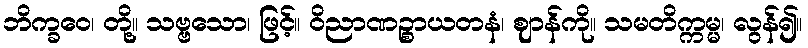
ဘိက္ခဝေ၊ တို့။ သဗ္ဗသော၊ ဖြင့်။ ဝိညာဏဉ္စာယတနံ၊ ဈာန်ကို။ သမတိက္ကမ္မ၊ လွန်၍။